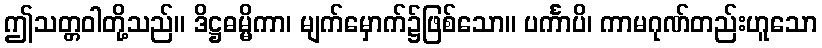
ဤသတ္တဝါတို့သည်။ ဒိဋ္ဌဓမ္မိကာ၊ မျက်မှောက်၌ဖြစ်သော။ ပင်္ကာပိ၊ ကာမဂုဏ်တည်းဟူသော